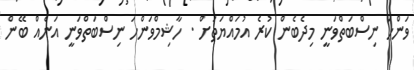
ވަންހަ ނިސްބަތްވަނީ މިދެބެން ކުރެ އުމައްޔަތަށް . ހާޝިމްވަންހަ ނިސްބަތްވަނީ އަނެއް ބޭން